Vaccination in the Punjab 1919-1929 - 1919-1929
Year: 1919
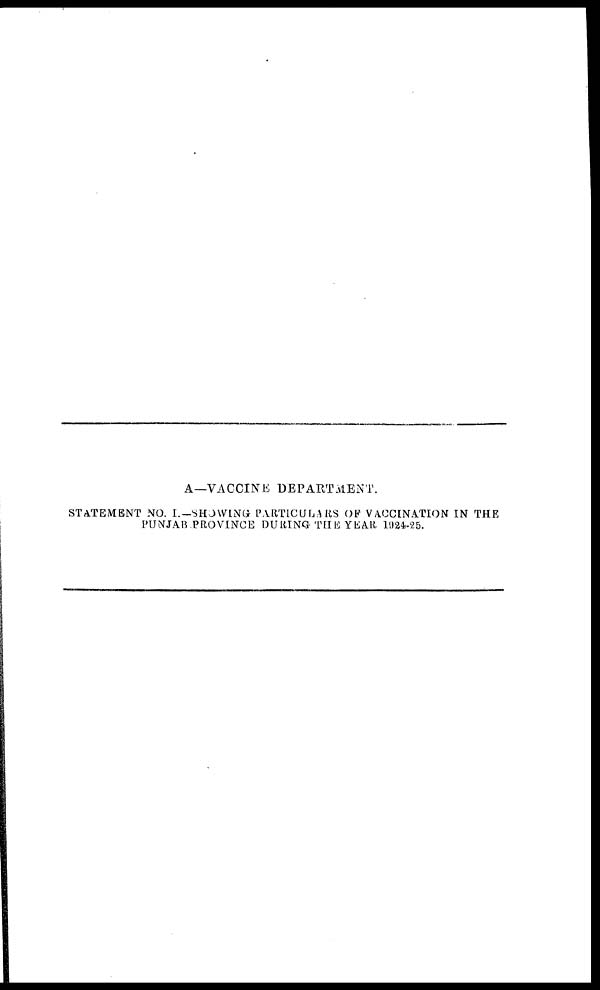
A—VACCINE DEPARTMENT.
STATEMENT NO. I.—SHOWING PARTICULARS OF VACCINATION IN THE
PUNJAB PROVINCE DURING THE YEAR 1924-25.